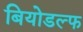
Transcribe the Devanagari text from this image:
बियोडल्फ